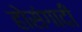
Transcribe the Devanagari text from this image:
होसंगादी